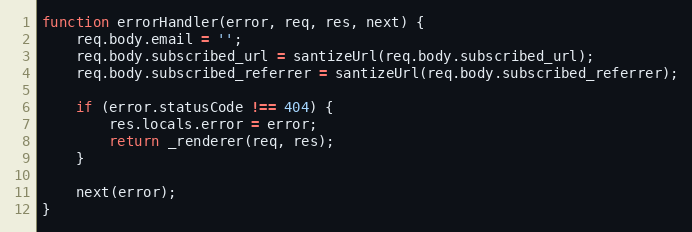
Language: JavaScript
function errorHandler(error, req, res, next) {
    req.body.email = '';
    req.body.subscribed_url = santizeUrl(req.body.subscribed_url);
    req.body.subscribed_referrer = santizeUrl(req.body.subscribed_referrer);

    if (error.statusCode !== 404) {
        res.locals.error = error;
        return _renderer(req, res);
    }

    next(error);
}